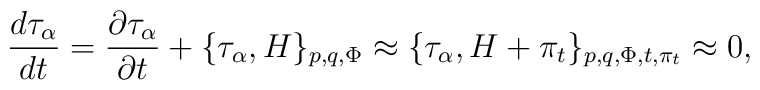
{d{\tau_\alpha} \over dt}= \frac{\partial \tau_\alpha }{\partial t}+\{\tau_\alpha,H\}_{p,q, \Phi}\approx\{\tau_\alpha,H+\pi_t\}_{p,q,\Phi,t,\pi_t}\approx 0,